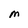
Character: M